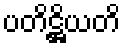
ပတိဋ္ဌိယတိ